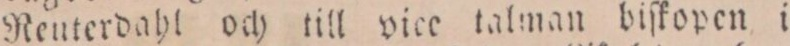
Reuterdahl och till vice talman biſkopen i